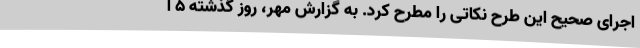
اجرای صحیح این طرح نکاتی را مطرح کرد. به گزارش مهر، روز گذشته ۵ ا